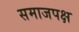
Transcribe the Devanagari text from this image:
समाजपक्ष